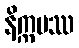
နိက္ကမဿ